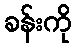
ခန်းကို